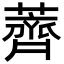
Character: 薺